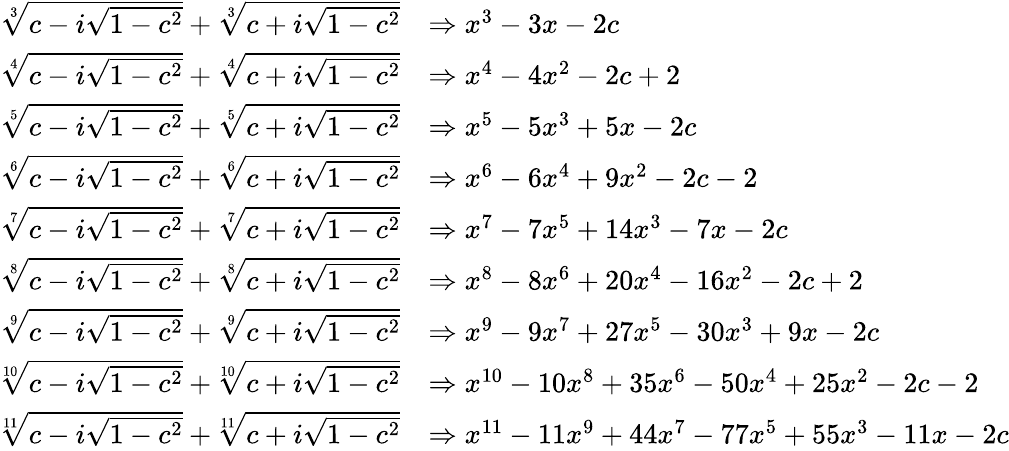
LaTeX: \begin{array}{rl}{\sqrt[3]{c-i\sqrt{1-c^{2}}}+\sqrt[3]{c+i\sqrt{1-c^{2}}}}&{\Rightarrow x^{3}-3x-2c}\\ {\sqrt[4]{c-i\sqrt{1-c^{2}}}+\sqrt[4]{c+i\sqrt{1-c^{2}}}}&{\Rightarrow x^{4}-4x^{2}-2c+2}\\ {\sqrt[5]{c-i\sqrt{1-c^{2}}}+\sqrt[5]{c+i\sqrt{1-c^{2}}}}&{\Rightarrow x^{5}-5x^{3}+5x-2c}\\ {\sqrt[6]{c-i\sqrt{1-c^{2}}}+\sqrt[6]{c+i\sqrt{1-c^{2}}}}&{\Rightarrow x^{6}-6x^{4}+9x^{2}-2c-2}\\ {\sqrt[7]{c-i\sqrt{1-c^{2}}}+\sqrt[7]{c+i\sqrt{1-c^{2}}}}&{\Rightarrow x^{7}-7x^{5}+14x^{3}-7x-2c}\\ {\sqrt[8]{c-i\sqrt{1-c^{2}}}+\sqrt[8]{c+i\sqrt{1-c^{2}}}}&{\Rightarrow x^{8}-8x^{6}+20x^{4}-16x^{2}-2c+2}\\ {\sqrt[9]{c-i\sqrt{1-c^{2}}}+\sqrt[9]{c+i\sqrt{1-c^{2}}}}&{\Rightarrow x^{9}-9x^{7}+27x^{5}-30x^{3}+9x-2c}\\ {\sqrt[10]{c-i\sqrt{1-c^{2}}}+\sqrt[10]{c+i\sqrt{1-c^{2}}}}&{\Rightarrow x^{10}-10x^{8}+35x^{6}-50x^{4}+25x^{2}-2c-2}\\ {\sqrt[11]{c-i\sqrt{1-c^{2}}}+\sqrt[11]{c+i\sqrt{1-c^{2}}}}&{\Rightarrow x^{11}-11x^{9}+44x^{7}-77x^{5}+55x^{3}-11x-2c}\end{array}